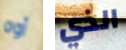
أوه الذي